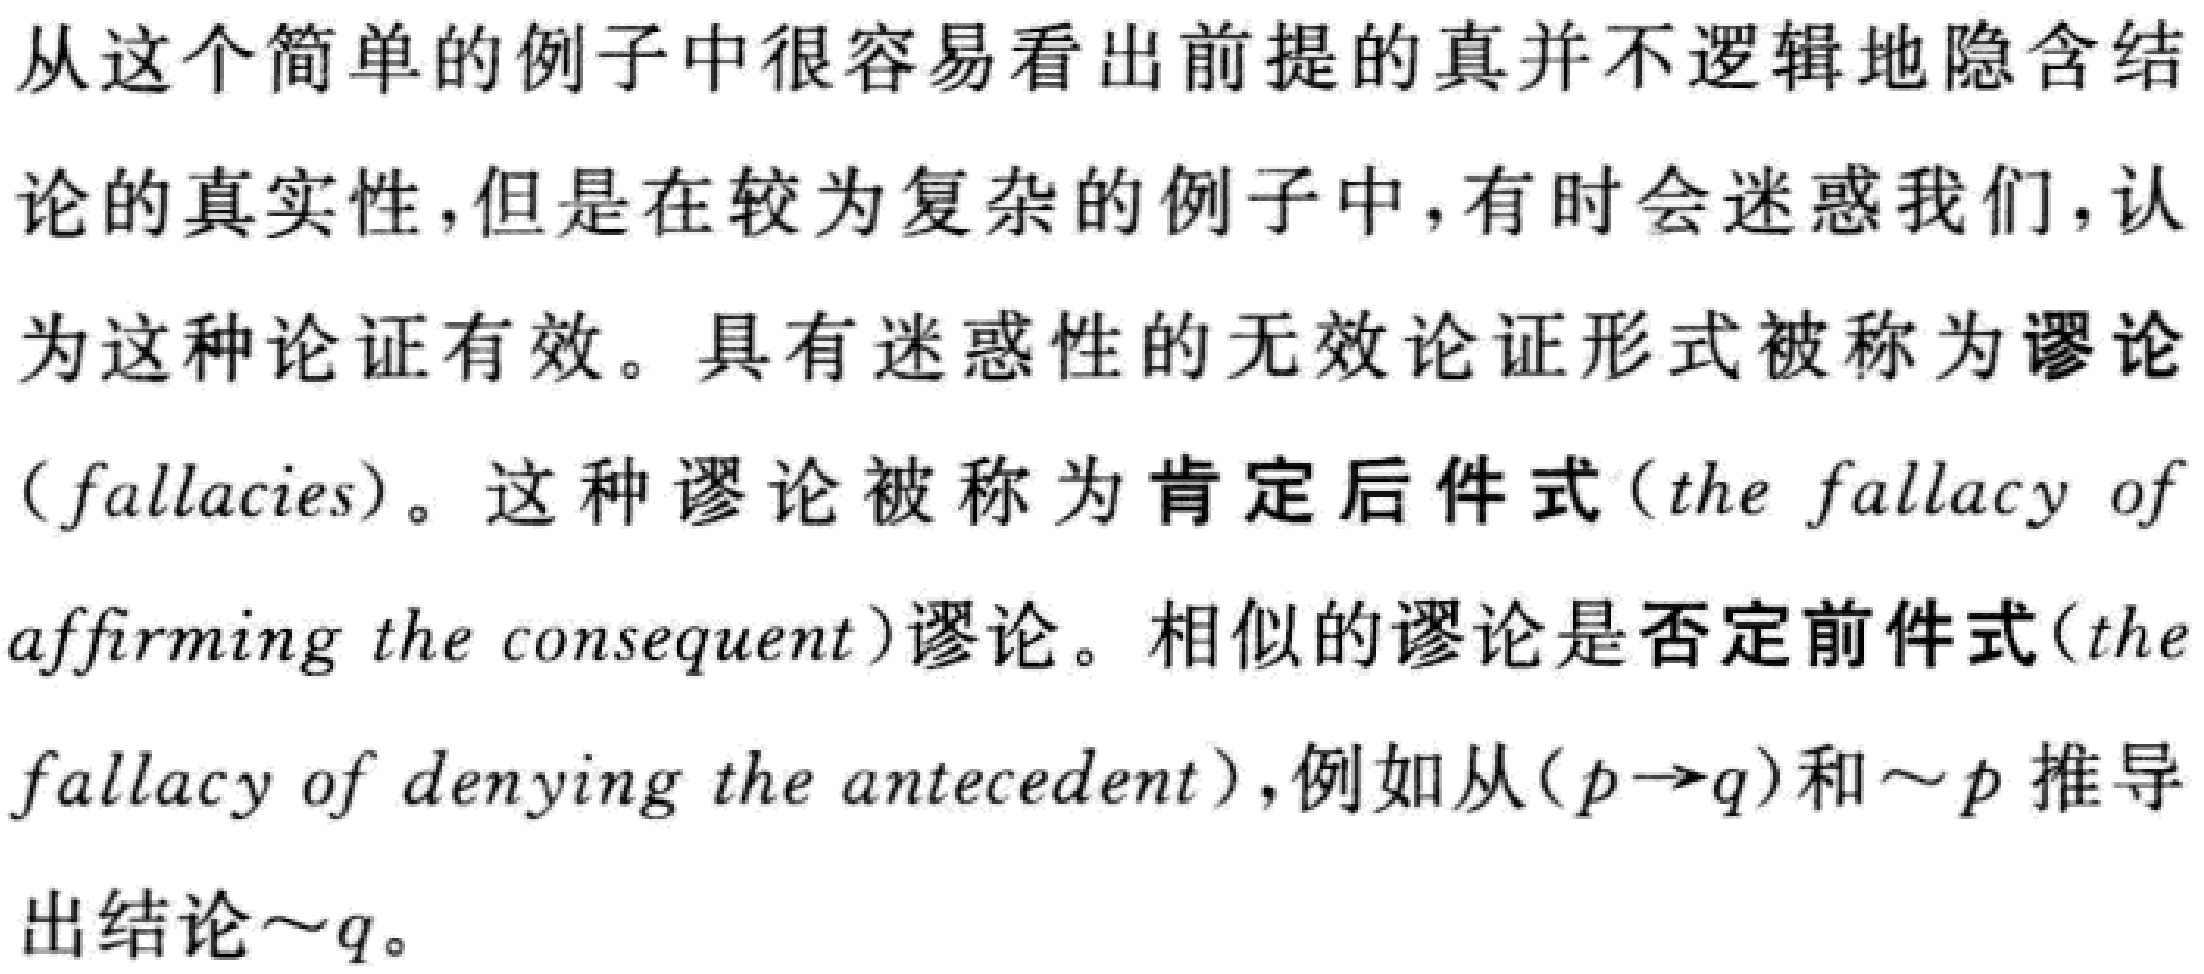
从这个简单的例子中很容易看出前提的真并不逻辑地隐含结论的真实性，但是在较为复杂的例子中，有时会迷惑我们，认为这种论证有效。具有迷惑性的无效论证形式被称为谬论（fallacies）。这种谬论被称为肯定后件式（the fallacy of affirming the consequent）谬论。相似的谬论是否定前件式（the fallacy of denying the antecedent），例如从\((p\rightarrow q)\)和\(\sim p\)推导出结论\(\sim q\)。